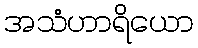
အသံဟာရိယော